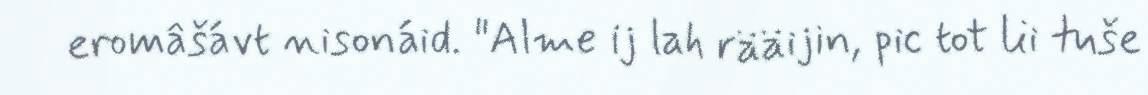
eromâšávt nisonáid. "Alme ij lah rääijin, pic tot lii tuše